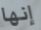
إنها